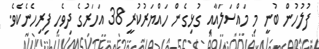
ފުލުހުން ބުނީ މި މައްސަލައާއި ގުޅިގެން ހައްޔަރުކުރީ 38 އަހަރުގެ ދިވެހި ފިރިހެނެކެވެ.